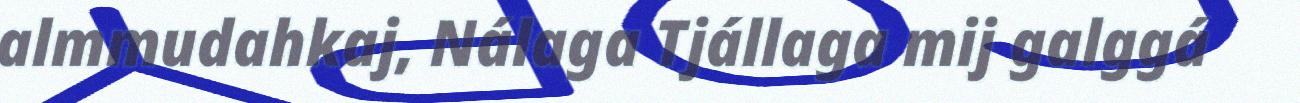
almmudahkaj, Nálaga Tjállaga mij galggá